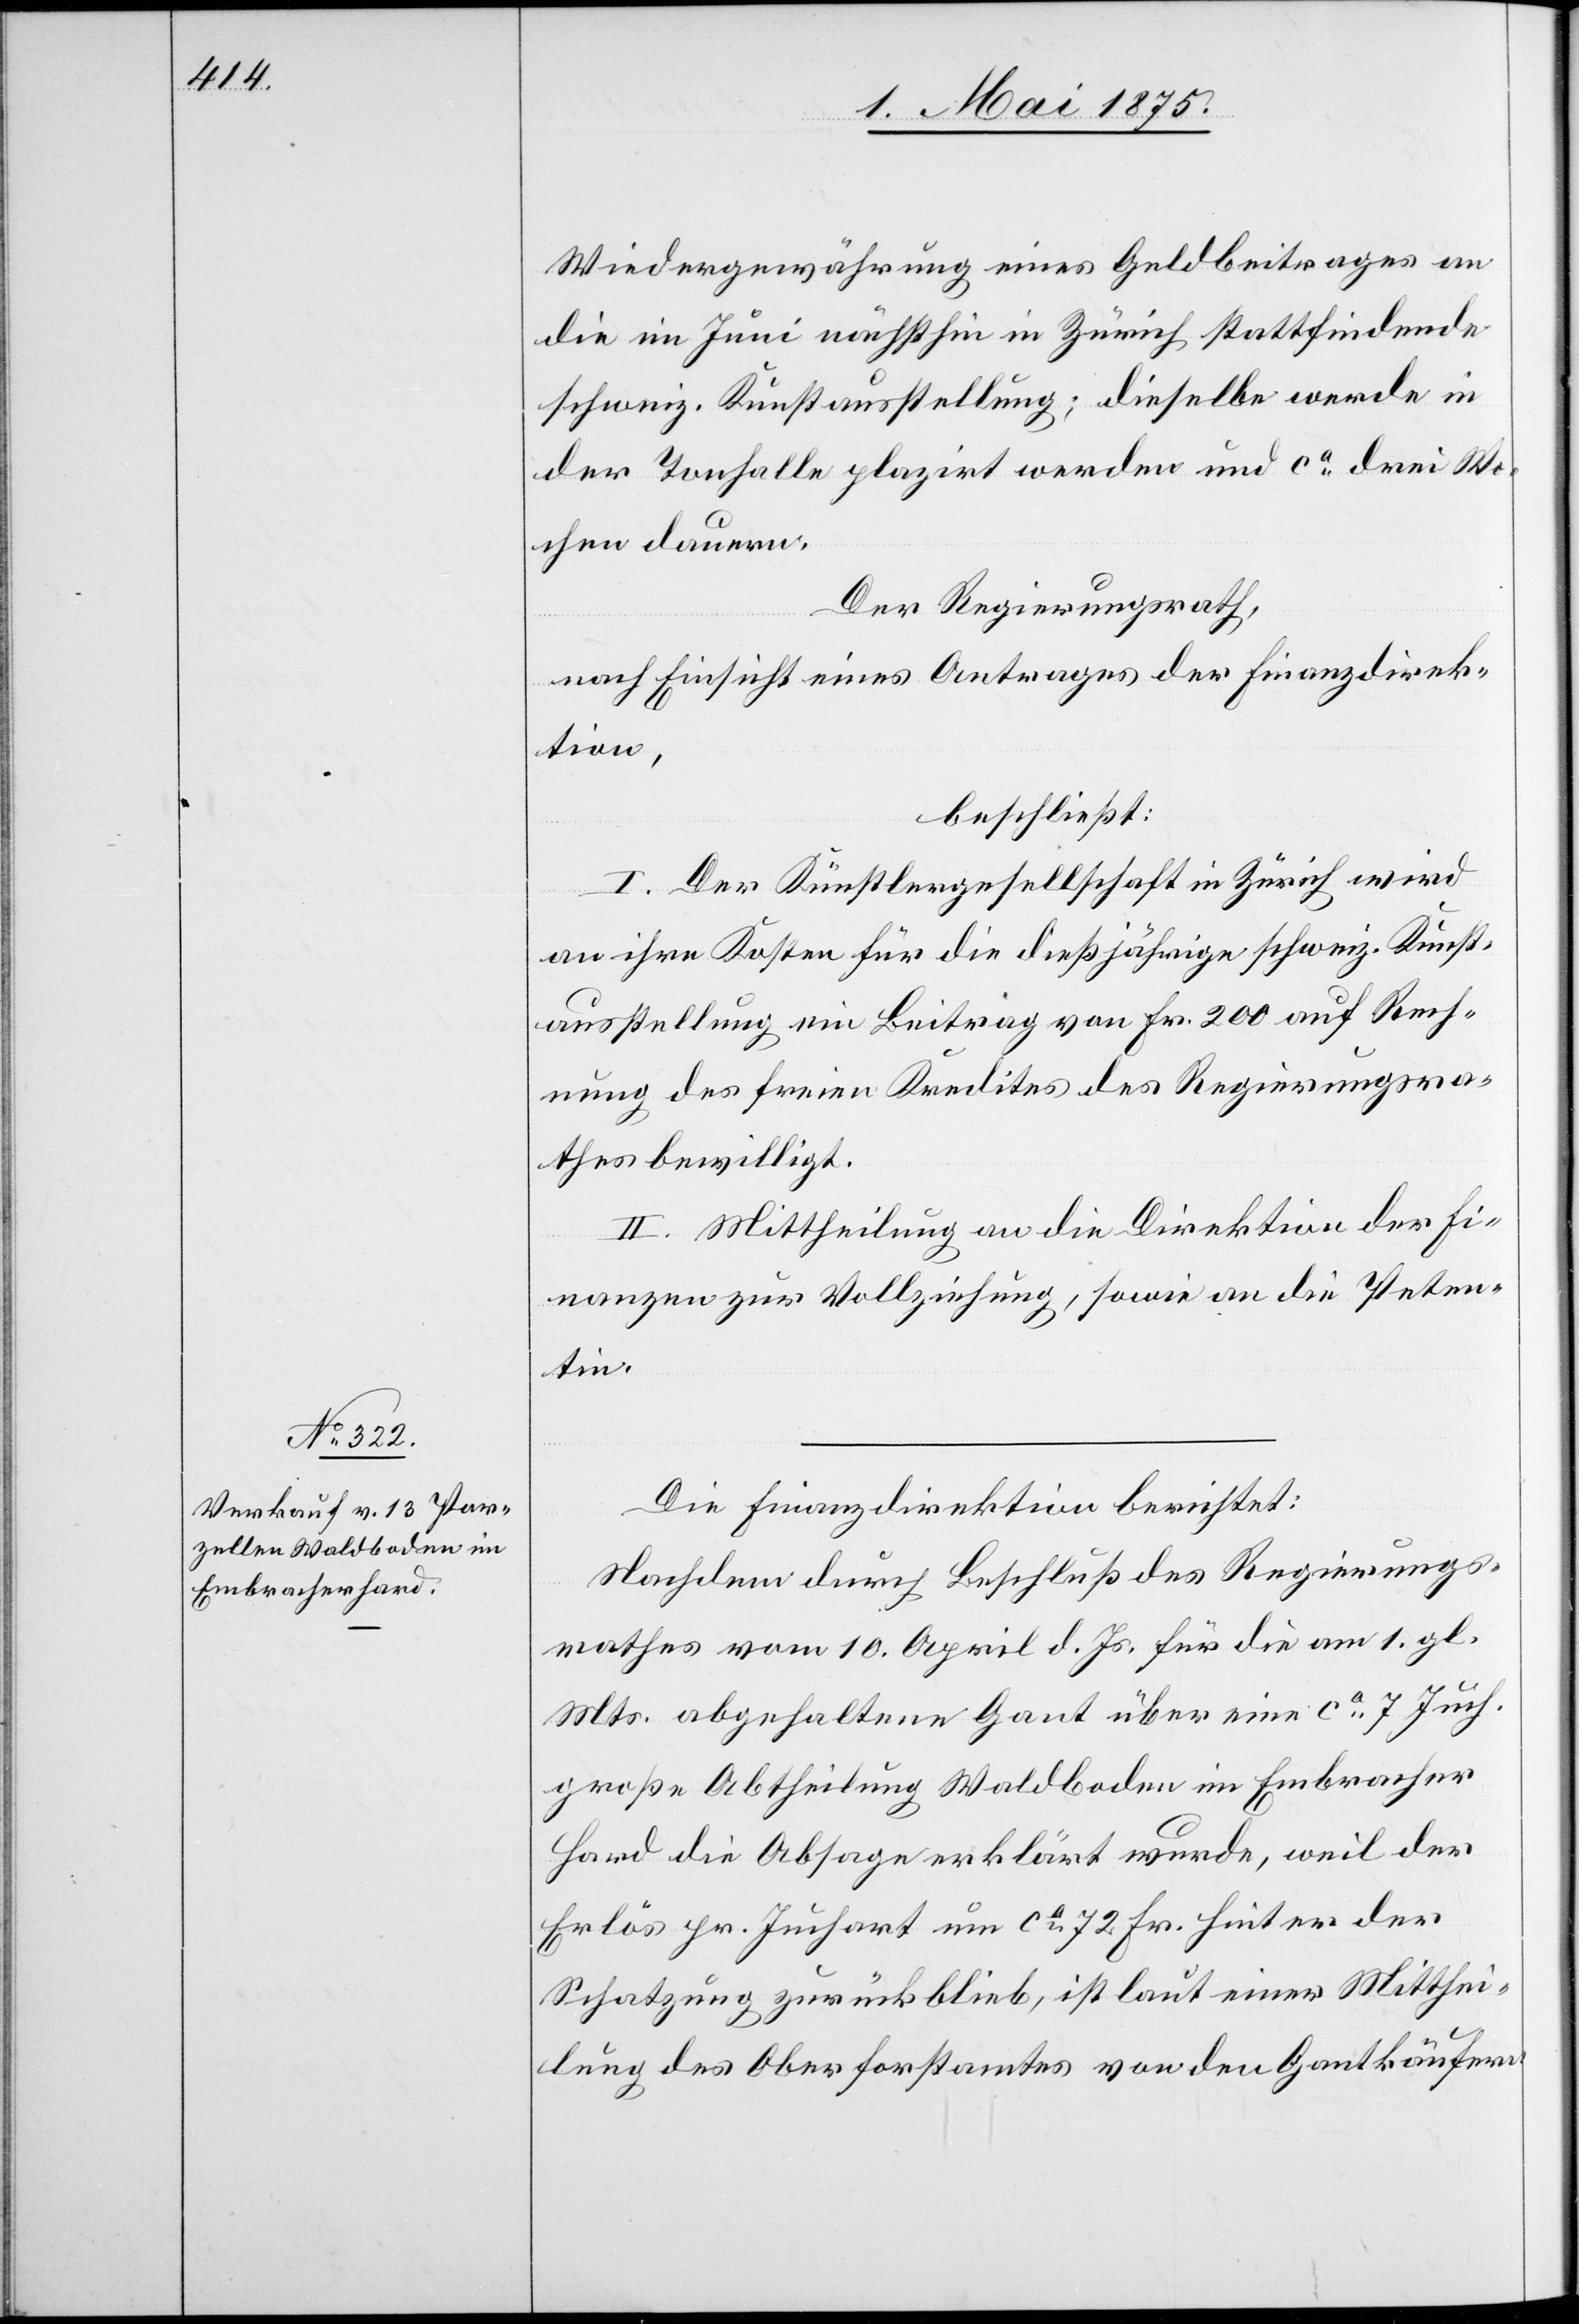
Wiedergewährung eines Geldbeitrages an
die im Juni nächsthin in Zürich stattfindende
schweiz. Kunstausstellung; dieselbe werde in
der Tonhalle plazirt werden und ca drei Wo¬
chen dauern.
Der Regierungsrath,
nach Einsicht eines Antrages der Finanzdirek¬
tion,
beschließt:
I. Der Künstlergesellschaft in Zürich wird
an ihre Kosten für die dießjährigen schweiz. Kunst¬
ausstellung ein Beitrag von Fr. 200 auf Rech¬
nung des freien Kredites des Regierungsra¬
thes bewilligt.
II. Mittheilung an die Direktion der Fi¬
nanzen zur Vollziehung, sowie an die Peten¬
tin.
Die Finanzdirektion berichtet:
Nachdem durch Beschluß des Regierungs¬
rathes vom 10. April d. Js. für die am 1. gl.
Mts. abgehaltene Gant über eine ca 7 Juch.
große Abtheilung Waldboden im Embracher
Hard die Absage erklärt wurde, weil der
Erlös pr. Juchart um ca 72 Fr. hinter der
Schatzung zurückblieb, ist laut einer Mitthei¬
lung des Oberforstamtes von den Gantkäufern